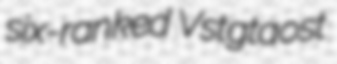
six-ranked Vstgtaost